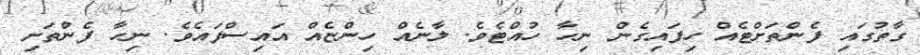
ގާތުގައި ފެންތަށްޓެއް ހިފައިގެން ނިހާ ހުއްޓެވެ. ލާނެއް ހިންޏެއް އައިސްފައެވެ. ނިހާ ފެންތަށި